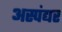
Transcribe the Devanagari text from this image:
अस्पंद्यर